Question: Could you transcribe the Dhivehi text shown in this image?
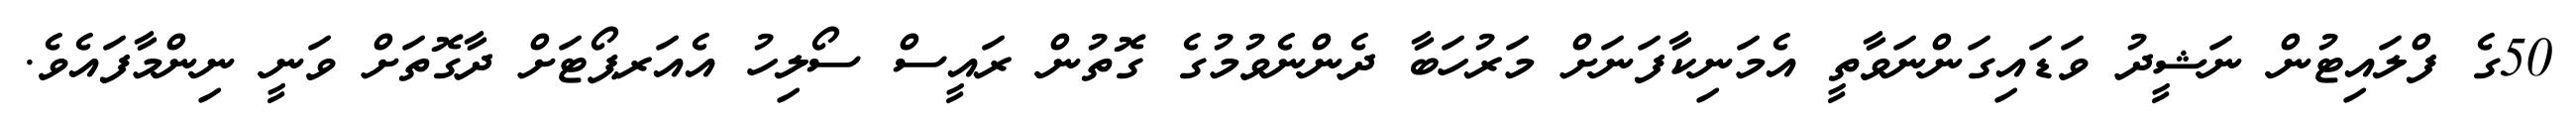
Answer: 50ގެ ފްލައިޓުން ނަޝީދު ވަޑައިގަންނަވާތީ އެމަނިކާފަނަށް މަރުހަބާ ދެންނެވުމުގެ ގޮތުން ރައީސް ސޯލިހު އެއަރޕޯޓަށް ދާގޮތަށް ވަނީ ނިންމާފައެވެ.